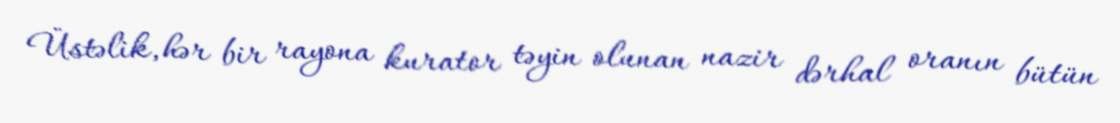
Üstəlik, hər bir rayona kurator təyin olunan nazir dərhal oranın bütün